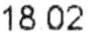
18.02